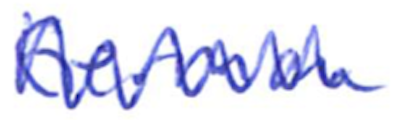
Text: German
Cross-out: zig-zag
Writing tool: ballpoint